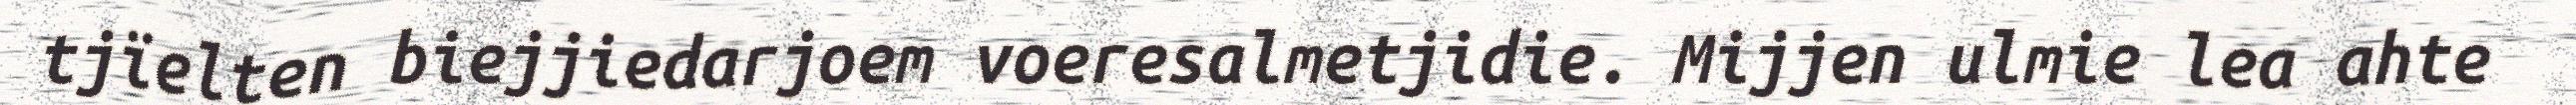
tjïelten biejjiedarjoem voeresalmetjidie. Mijjen ulmie lea ahte